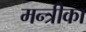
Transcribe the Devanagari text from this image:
मन्त्रीका